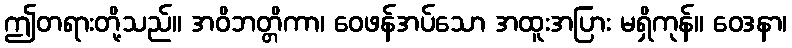
ဤတရားတို့သည်။ အဝိဘတ္တိကာ၊ ဝေဖန်အပ်သော အထူးအပြား မရှိကုန်။ ဝေဒနာ၊